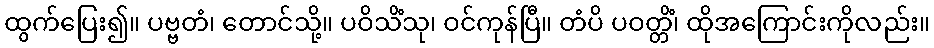
ထွက်ပြေး၍။ ပဗ္ဗတံ၊ တောင်သို့။ ပဝိသိံသု၊ ဝင်ကုန်ပြီ။ တံပိ ပဝတ္တိံ၊ ထိုအကြောင်းကိုလည်း။